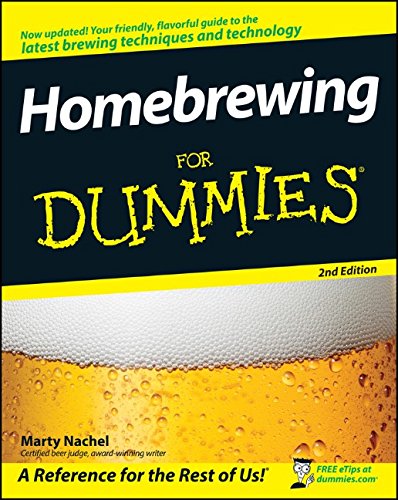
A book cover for Homebrewing For Dummies; Marty Nachel; Cookbooks, Food & Wine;